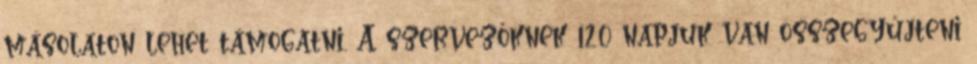
másolaton lehet támogatni. A szervezőknek 120 napjuk van összegyűjteni